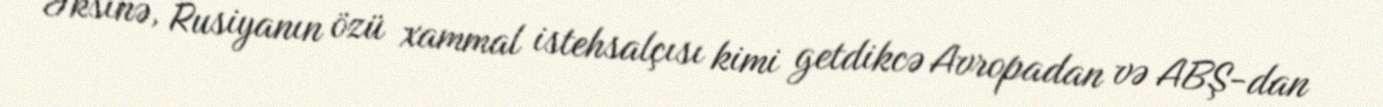
Əksinə, Rusiyanın özü xammal istehsalçısı kimi getdikcə Avropadan və ABŞ-dan